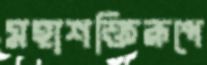
মহাশক্তিরূপে